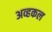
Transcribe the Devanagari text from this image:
अव्हकल